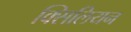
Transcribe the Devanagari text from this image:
क्सिलियन